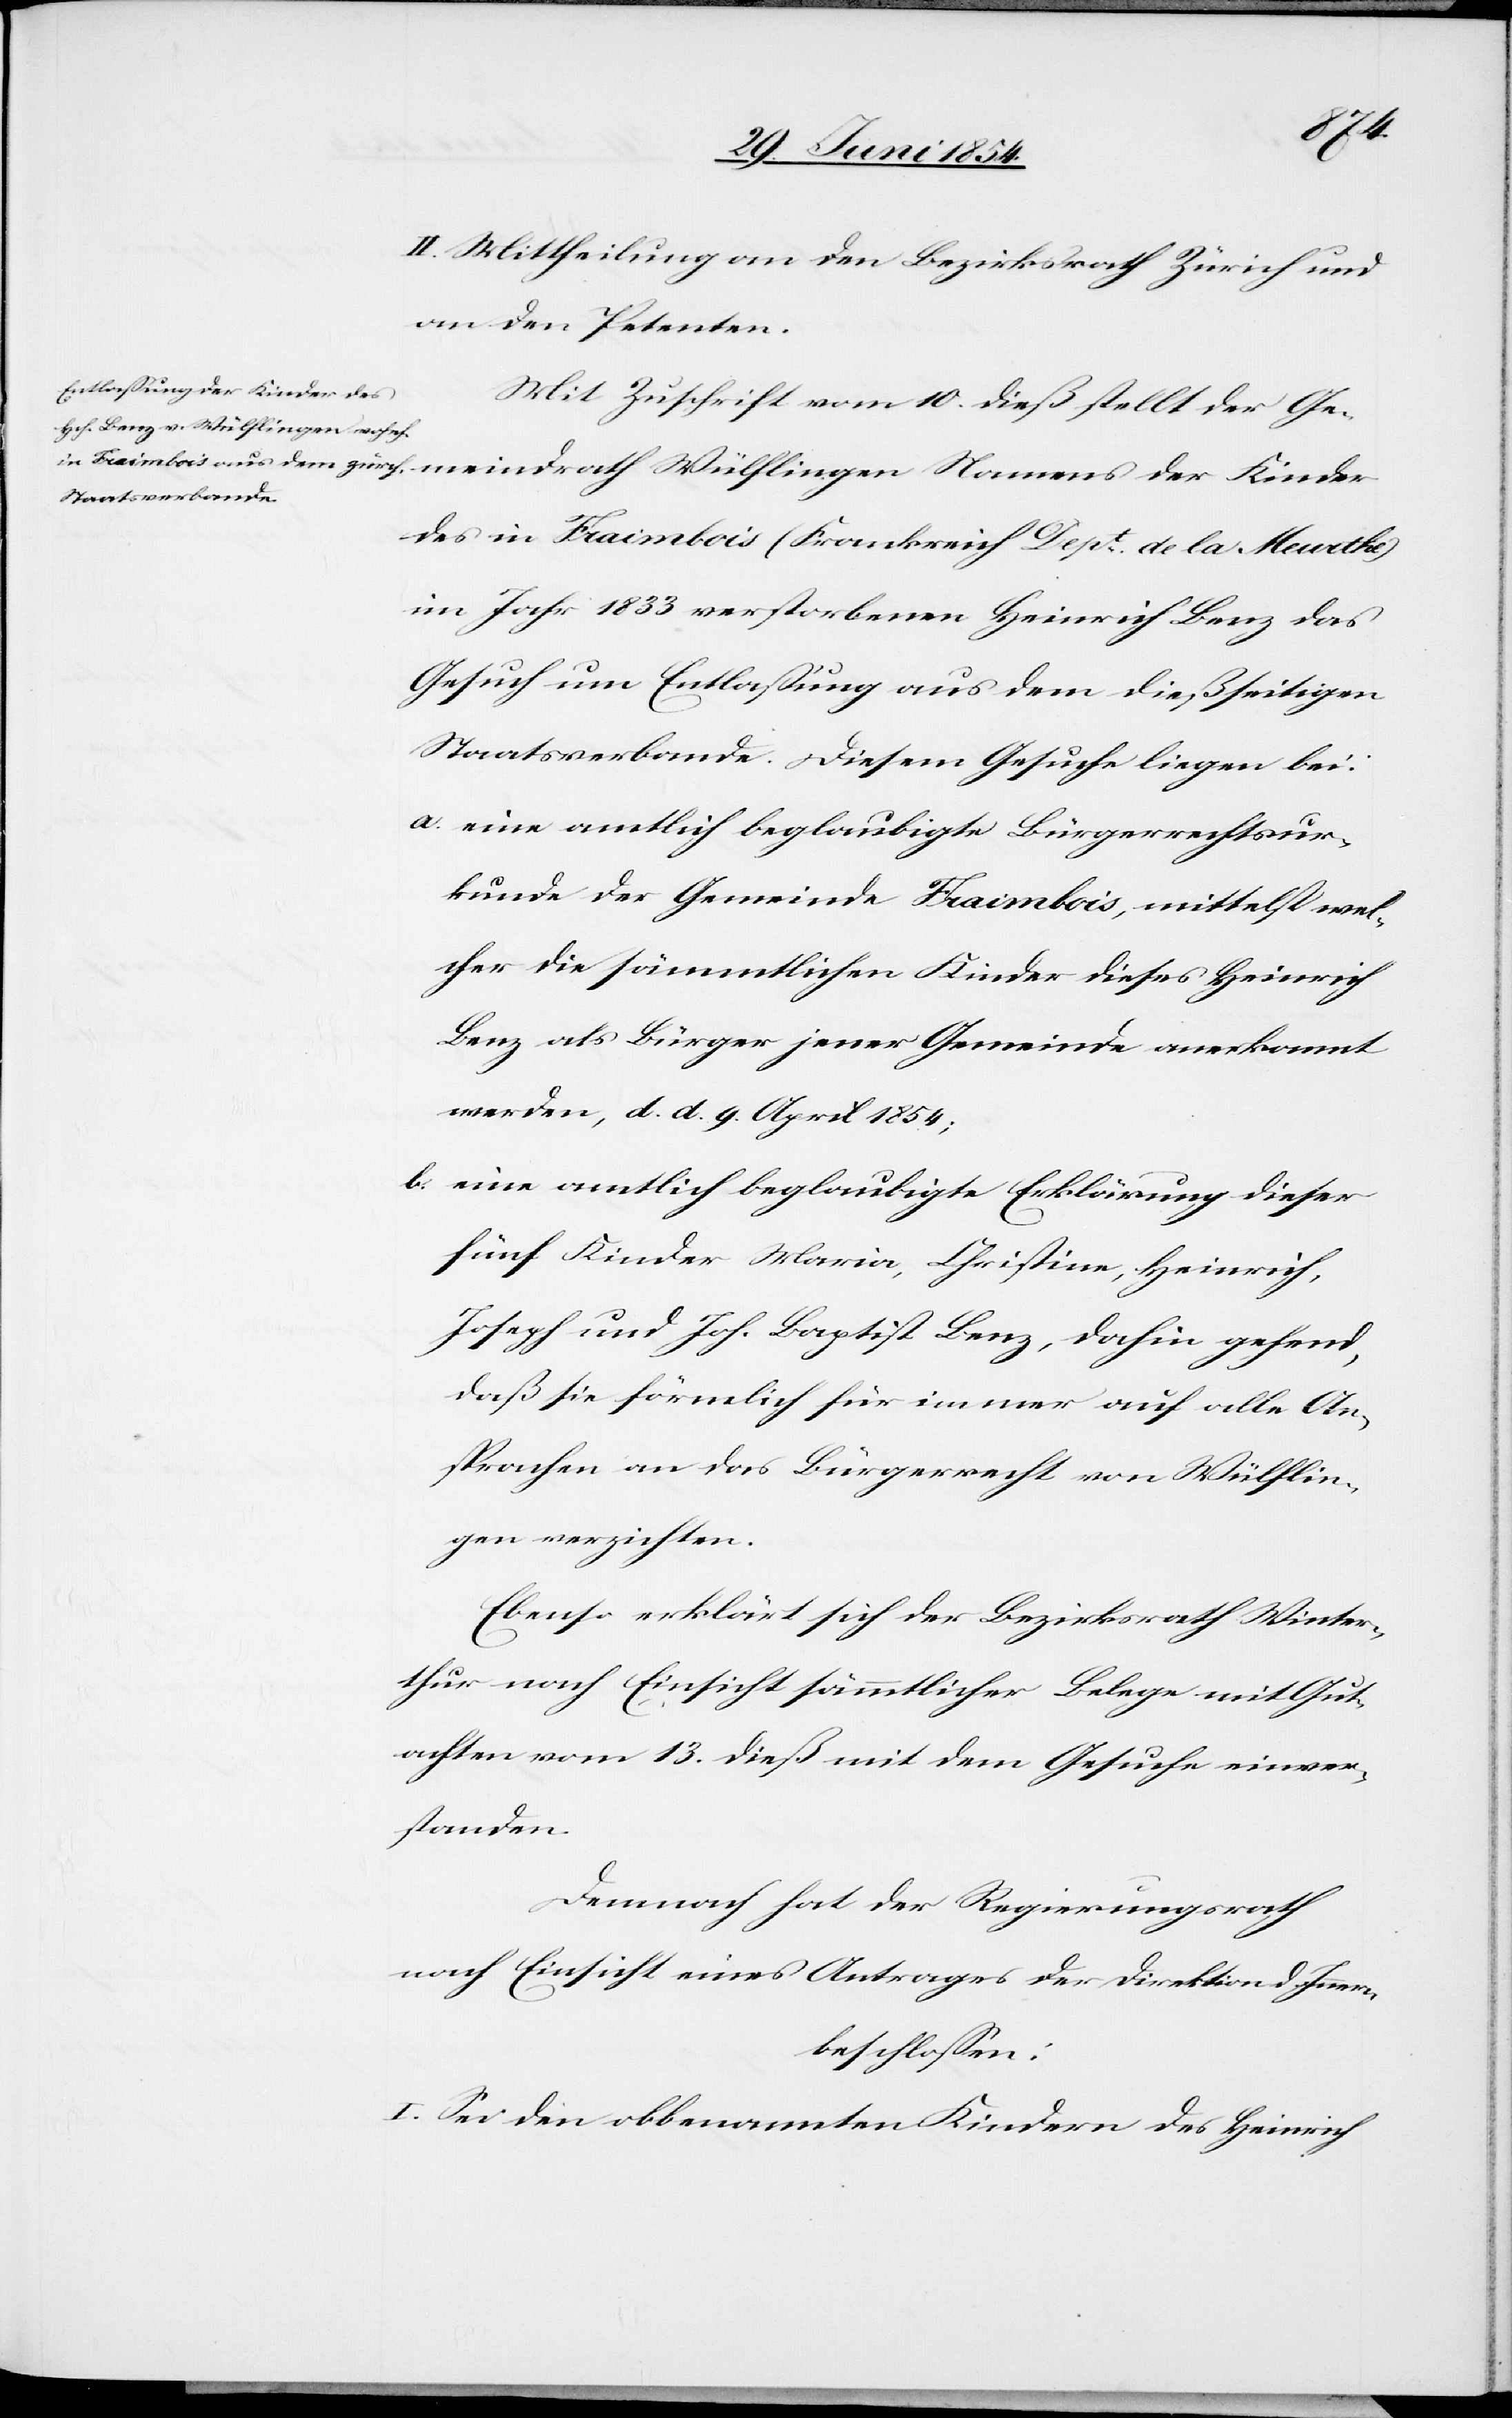
der
II. Mittheilung an den Bezirksrath Zürich und
an den Petenten.
Mit Zuschrift vom 10. dieß stellt der Gemein¬
des in Fraimbois (Frankreich Dept de la Meurthe)
im Jahr 1833 verstorbenen Heinrich Benz das
Gesuch um Entlaßung aus dem dießseitigen
Staatsverbande. Diesem Gesuche liegen bei:
a. eine amtlich beglaubigte Bürgerrechtsur¬
kunde der Gemeinde Fraimbois, mittelst wel¬
cher die sämmtlichen Kinder dieses Heinrich
Benz als Bürger jener Gemeinde anerkannt
werden, d. d. 9. April 1854;
b. eine amtlich beglaubigte Erklärung dieser
fünf Kinder Maria, Christine, Heinrich,
Joseph und Joh. Baptist Benz, dahin gehend,
daß sie förmlich für immer auf alle An¬
sprachen an das Bürgerrecht von Wülflin¬
gen verzichten.
Ebenso erklärt sich der Bezirksrath Winter¬
thur nach Einsicht sämmtlicher Belege mit Gut¬
achten vom 13. dieß mit dem Gesuche einver¬
standen.
Demnach hat der Regierungsrath
nach Einsicht eines Antrages der Direktion d. Innern,
beschloßen:
I. Sei den obbenannten Kindern des Heinrich